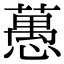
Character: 𦽳